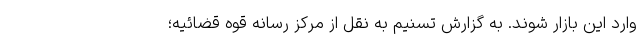
وارد این بازار شوند. به گزارش تسنیم به نقل از مرکز رسانه قوه قضائیه؛